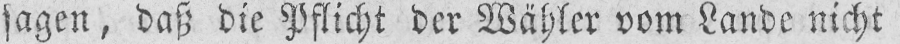
sagen, daß die Pflicht der Wähler vom Lande nicht